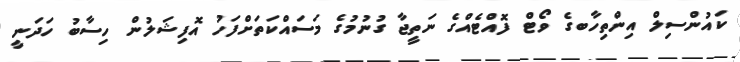
ކައުންސިލް އިންތިހާބގެ ވޯޓް ފޮއްޓެއްގެ ނަތީޖާ ގުނުމުގެ މަސައްކަތަށްފަހު އޮފިޝަލުން ހިސާބު ހަދަނީ